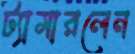
ট্যামারলেন